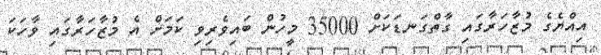
އިއްޔެގެ މުޒާހަރާގައި ގާތްގަނޑަކަށް 35000 މީހުން ބައިވެރިވި ކަމަށް އެ މުޒާހަރާގައި ވާހަކަ